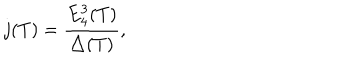
LaTeX: j ( T ) = \frac { E _ { 4 } ^ { 3 } ( T ) } { \triangle ( T ) } ,